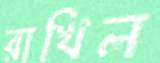
রাখিল